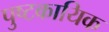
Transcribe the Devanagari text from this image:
पुष्टकायिक